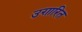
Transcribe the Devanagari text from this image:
उग़ारित